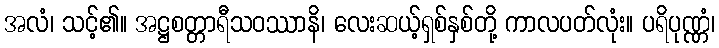
အလံ၊ သင့်၏။ အဋ္ဌစတ္တာရီသဝဿာနိ၊ လေးဆယ့်ရှစ်နှစ်တို့ ကာလပတ်လုံး။ ပရိပုဏ္ဏံ၊